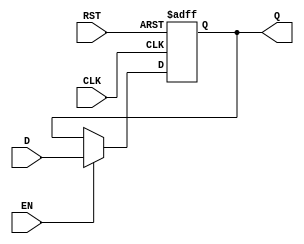
module BarrierRegister #(
    parameter WIDTH = 8  // Parameterized width for the data inputs/outputs
)(
    input  wire [WIDTH-1:0] D,     // Data inputs
    input  wire EN,                 // Enable signal
    input  wire CLK,                // Clock signal
    input  wire RST,                // Asynchronous reset signal
    output reg  [WIDTH-1:0] Q       // Data outputs
);

// Asynchronous reset and synchronous data latching
always @(posedge CLK or posedge RST) begin
    if (RST) begin
        Q <= {WIDTH{1'b0}};  // Clear register, set to zero or predefined state
    end else if (EN) begin
        Q <= D;              // Latch data inputs on clock edge if enabled
    end
    // If EN is low, Q retains its current value (no change)
end

endmodule